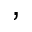
,